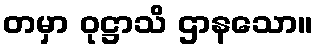
တမှာ ဝုဋ္ဌာသိ ဌာနသော။